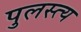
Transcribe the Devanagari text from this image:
पुलस्‍त्‍य